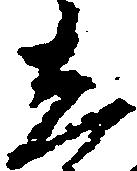
し